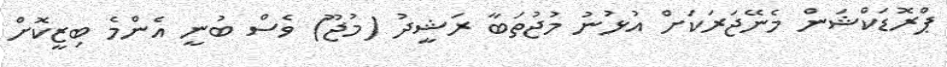
ޕްރޮޑަކްޝަން މެނޭޖަރަކަށް އުޅުނު މުޖުތަބާ ރަޝީދު (މުޖޫ) ވެސް ބުނީ އެންމެ ބިޒީކޮށް